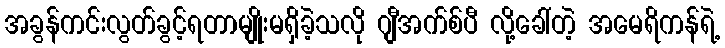
အခွန်ကင်းလွတ်ခွင့်ရတာမျိုးမရှိခဲ့သလို ဂျီအက်စ်ပီ လို့ခေါ်တဲ့ အမေရိကန်ရဲ့